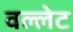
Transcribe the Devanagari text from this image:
वल्लेट